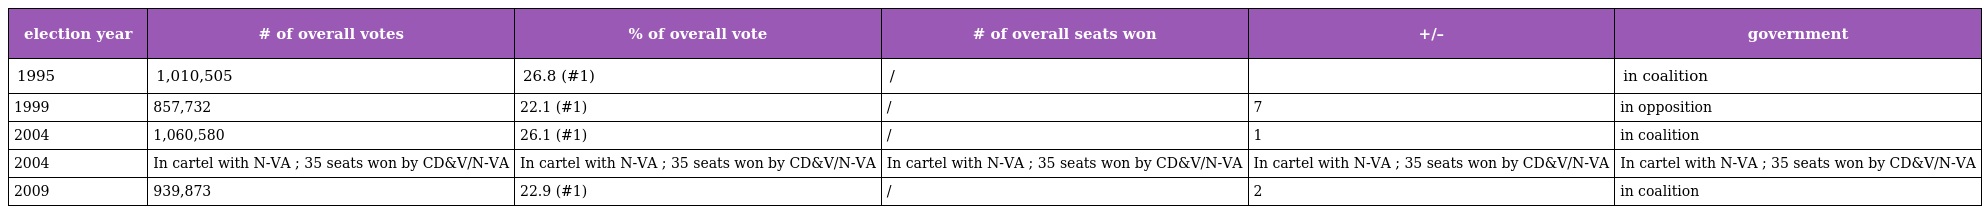
| election year | # of overall votes | % of overall vote | # of overall seats won | +/– | government |
 | --- | --- | --- | --- | --- | --- |
 | 1995 | 1,010,505 | 26.8 (#1) | / |  | in coalition |
 | 1999 | 857,732 | 22.1 (#1) | / | 7 | in opposition |
 | 2004 | 1,060,580 | 26.1 (#1) | / | 1 | in coalition |
 | 2004 | In cartel with N-VA ; 35 seats won by CD&V/N-VA | In cartel with N-VA ; 35 seats won by CD&V/N-VA | In cartel with N-VA ; 35 seats won by CD&V/N-VA | In cartel with N-VA ; 35 seats won by CD&V/N-VA | In cartel with N-VA ; 35 seats won by CD&V/N-VA |
 | 2009 | 939,873 | 22.9 (#1) | / | 2 | in coalition |